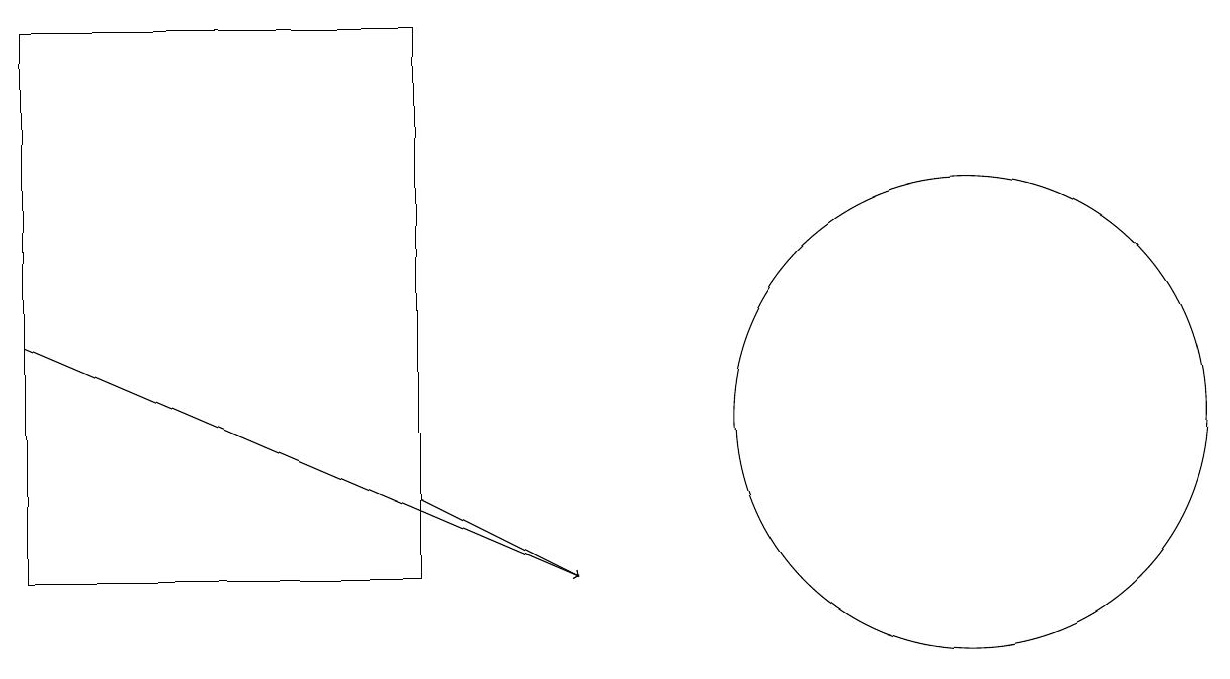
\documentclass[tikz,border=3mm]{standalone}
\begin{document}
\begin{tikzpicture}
\draw (0,17) rectangle (5,10);
\draw[->] (0,13) -- (7,10);
\draw (12,12) circle (3);
\draw[->] (5,11) -- (7,10);
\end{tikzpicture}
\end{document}